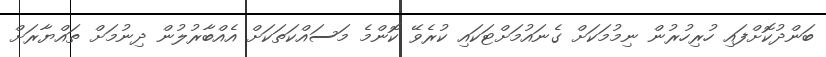
ބަންދުކޮށްފައި ހުރިހުރުން ނިމުމަކަށް ގެނައުމަށްޓަކައި ކުރެވޭ ކޮންމެ މަސައްކަތަކަށް އެއްބާރުލުން ދިނުމަށް ތައްޔާރަށް